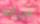
بلورات